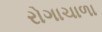
રોગાચાળા